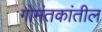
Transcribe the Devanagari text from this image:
गोमंतकांतील